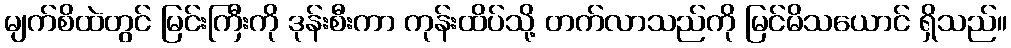
မျက်စိထဲတွင် မြင်းကြီးကို ဒုန်းစီးကာ ကုန်းထိပ်သို့ တက်လာသည်ကို မြင်မိသယောင် ရှိသည်။